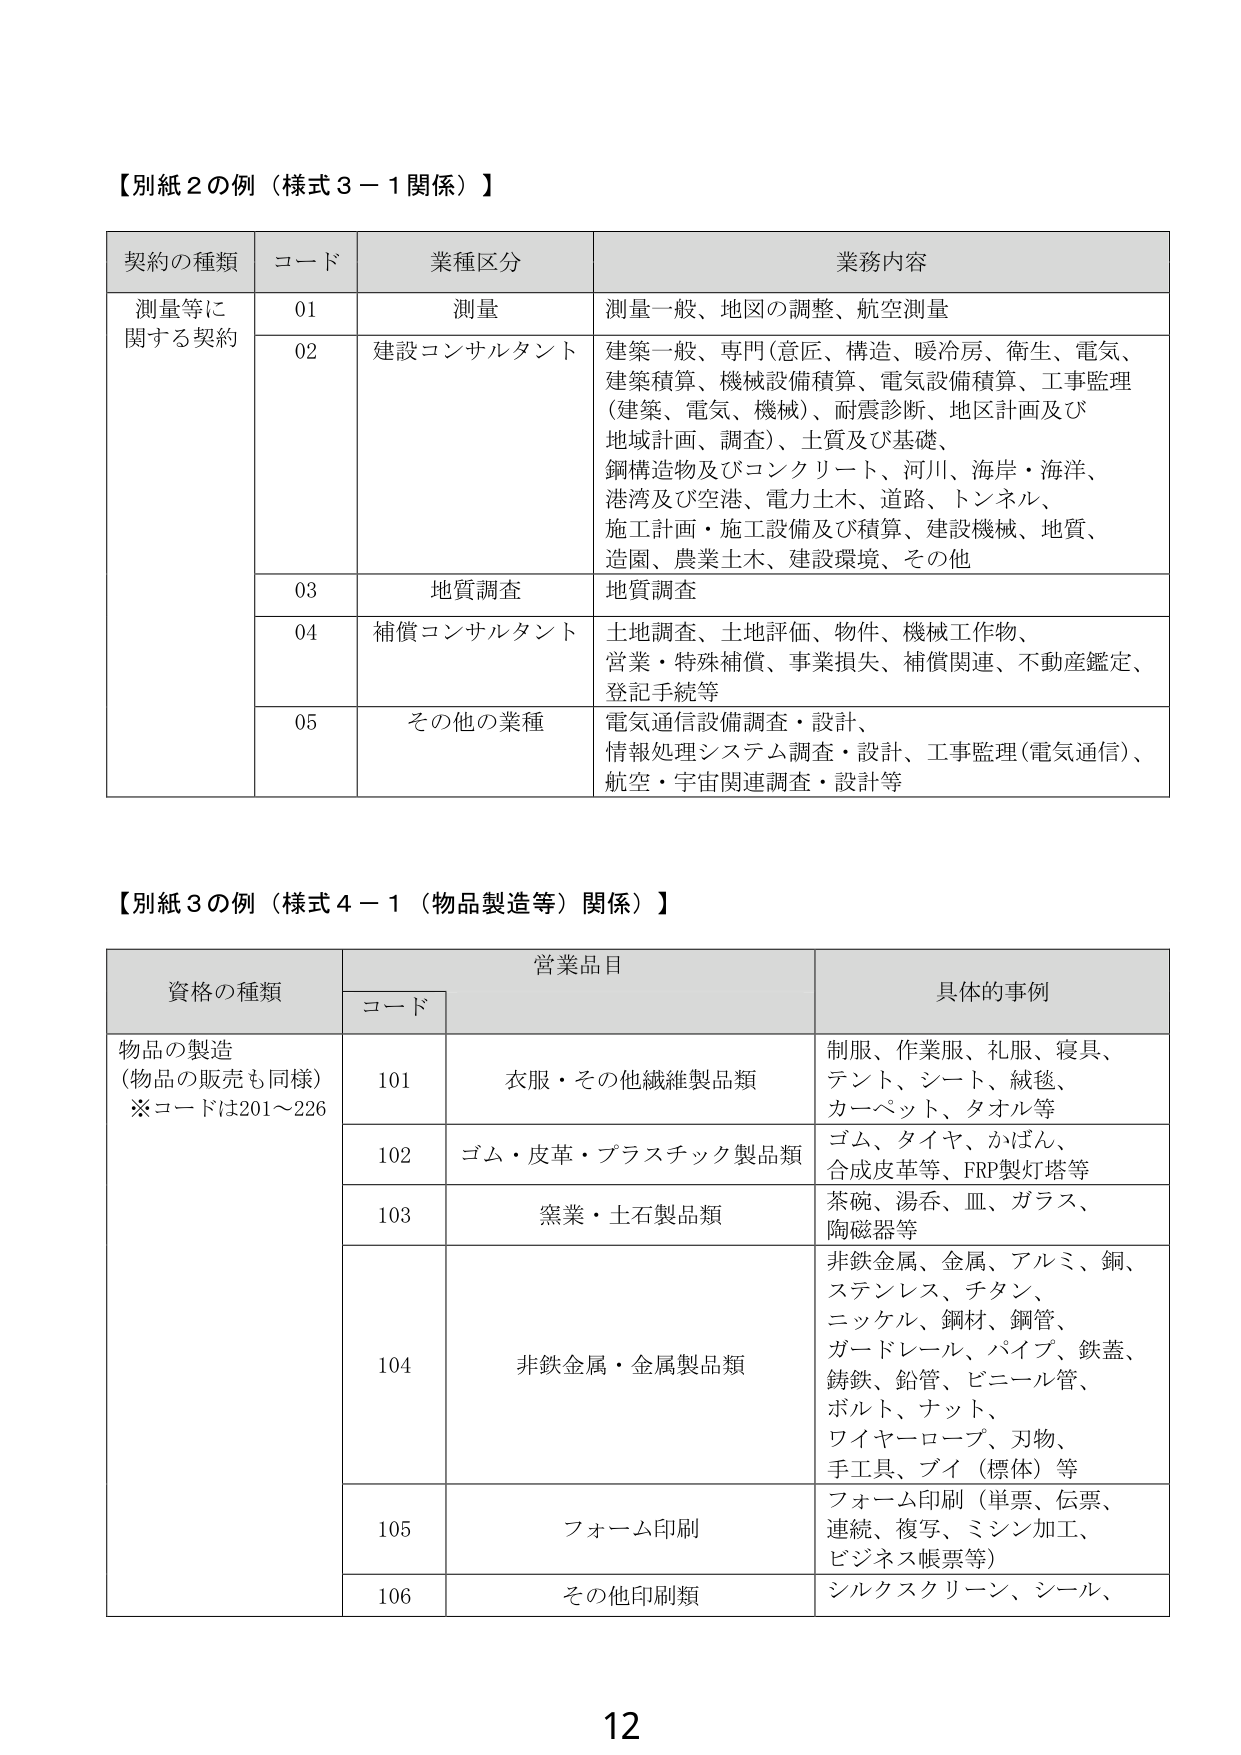
【別紙２の例（様式３－１関係）】

契約の種類	コード	業種区分	業務内容
測量等に関する契約	01	測量	測量一般、地図の調整、航空測量
	02	建設コンサルタント	建築一般、専門（意匠、構造、暖冷房、衛生、電気、建築積算、機械設備積算、電気設備積算、工事監理（建築、電気、機械）、耐震診断、地区計画及び地域計画、調査）、土質及び基礎、鋼構造物及びコンクリート、河川、海岸・海洋、港湾及び空港、電力土木、道路、トンネル、施工計画・施工設備及び積算、建設機械、地質、造園、農業土木、建設環境、その他
	03	地質調査	地質調査
	04	補償コンサルタント	土地調査、土地評価、物件、機械工作物、営業・特殊補償、事業損失、補償関連、不動産鑑定、登記手続等
	05	その他の業種	電気通信設備調査・設計、情報処理システム調査・設計、工事監理（電気通信）、航空・宇宙関連調査・設計等

【別紙３の例（様式４－１（物品製造等）関係）】

資格の種類	コード	営業品目	具体的事例
物品の製造（物品の販売も同様）※コードは201～226	101	衣服・その他繊維製品類	制服、作業服、礼服、寝具、テント、シート、絨毯、カーペット、タオル等
	102	ゴム・皮革・プラスチック製品類	ゴム、タイヤ、かばん、合成皮革等、FRP製灯塔等
	103	窯業・土石製品類	茶碗、湯呑、皿、ガラス、陶磁器等
	104	非鉄金属・金属製品類	非鉄金属、金属、アルミ、銅、ステンレス、チタン、ニッケル、鋼材、鋼管、ガードレール、パイプ、鉄蓋、鋳鉄、鉛管、ビニール管、ボルト、ナット、ワイヤーロープ、刃物、手工具、ブイ（標体）等
	105	フォーム印刷	フォーム印刷（単票、伝票、連続、複写、ミシン加工、ビジネス帳票等）
	106	その他印刷類	シルクスクリーン、シール、

12